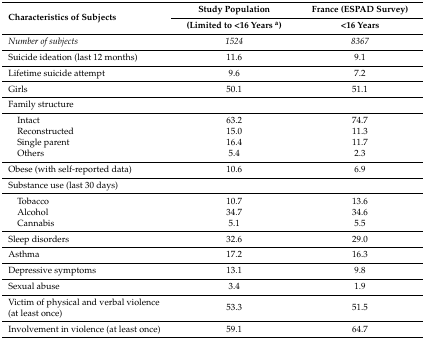
| <ROWSPAN=2> Characteristics of Subjects | Study Population | France (ESPAD Survey) |
 | (Limited to <16 Years a) | <16 Years |
 | --- | --- | --- |
 | Number of subjects | 1524 | 8367 |
 | Suicide ideation (last 12 months) | 11.6 | 9.1 |
 | Lifetime suicide attempt | 9.6 | 7.2 |
 | Girls | 50.1 | 51.1 |
 | Family structure |  |  |
 | Intact | 63.2 | 74.7 |
 | Reconstructed | 15.0 | 11.3 |
 | Single parent | 16.4 | 11.7 |
 | Others | 5.4 | 2.3 |
 | Obese (with self-reported data) | 10.6 | 6.9 |
 | Substance use (last 30 days) |  |  |
 | Tobacco | 10.7 | 13.6 |
 | Alcohol | 34.7 | 34.6 |
 | Cannabis | 5.1 | 5.5 |
 | Sleep disorders | 32.6 | 29.0 |
 | Asthma | 17.2 | 16.3 |
 | Depressive symptoms | 13.1 | 9.8 |
 | Sexual abuse | 3.4 | 1.9 |
 | Victim of physical and verbal violence (at least once) | 53.3 | 51.5 |
 | Involvement in violence (at least once) | 59.1 | 64.7 |